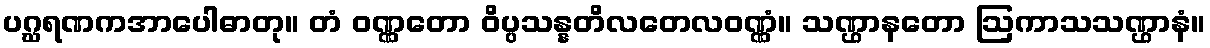
ပဂ္ဃရဏကအာပေါဓာတု။ တံ ဝဏ္ဏတော ဝိပ္ပသန္နတိလတေလဝဏ္ဏံ။ သဏ္ဌာနတော ဩကာသသဏ္ဌာနံ။